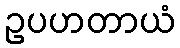
ဥပဟတာယံ